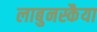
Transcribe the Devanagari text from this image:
लाबुनस्कैया